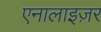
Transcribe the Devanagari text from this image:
एनालाइज़र